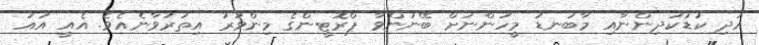
އަދި ކުޑަކުދިންނާއި މާބަނޑު މީހުންނަށް ބޭނުންވާ ޕްރޮޓީންގެ މިންވަރު އިތުރުވާނެއެވެ. އެއީ އައު